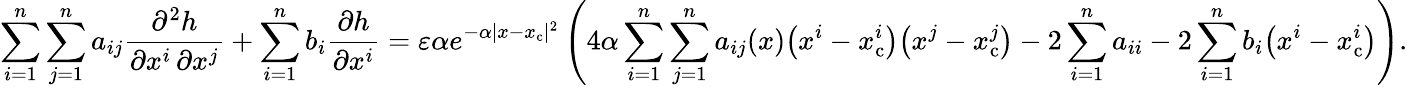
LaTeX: \sum_{i=1}^{n}\sum_{j=1}^{n}a_{ij}{\frac{\partial^{2}h}{\partial x^{i}\, \partial x^{j}}}+\sum_{i=1}^{n}b_{i}{\frac{\partial h}{\partial x^{i}}}=\varepsilon\alpha e^{-\alpha|x-x_{\mathrm{c}}|^{2}}\left(4\alpha\sum_{i=1}^{n}\sum_{j=1}^{n}a_{ij}(x){\big(}x^{i}-x_{\mathrm{c}}^{i}{\big)}{\big(}x^{j}-x_{\mathrm{c}}^{j}{\big)}-2\sum_{i=1}^{n}a_{ii}-2\sum_{i=1}^{n}b_{i}{\big(}x^{i}-x_{\mathrm{c}}^{i}{\big)}\right).